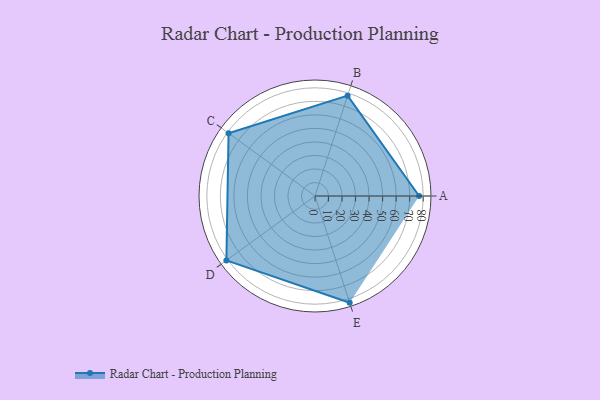
{"axis": {"x": "Skill", "y": "Score"}, "legend": ["Profile"], "data": [{"x": "A", "y": 77.0, "type": "Profile"}, {"x": "B", "y": 78.0, "type": "Profile"}, {"x": "C", "y": 79.0, "type": "Profile"}, {"x": "D", "y": 81.0, "type": "Profile"}, {"x": "E", "y": 83.0, "type": "Profile"}]}